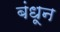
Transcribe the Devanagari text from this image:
बंधून